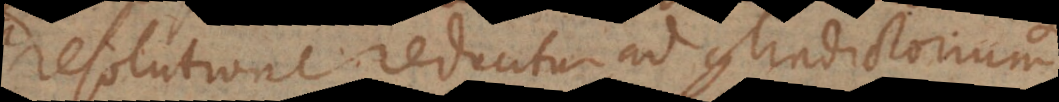
resolutione reducitur ad contradictorium